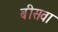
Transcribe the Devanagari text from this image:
बीसवा